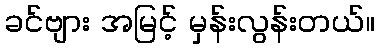
ခင်ဗျား အမြင့် မှန်းလွန်းတယ်။